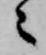
々